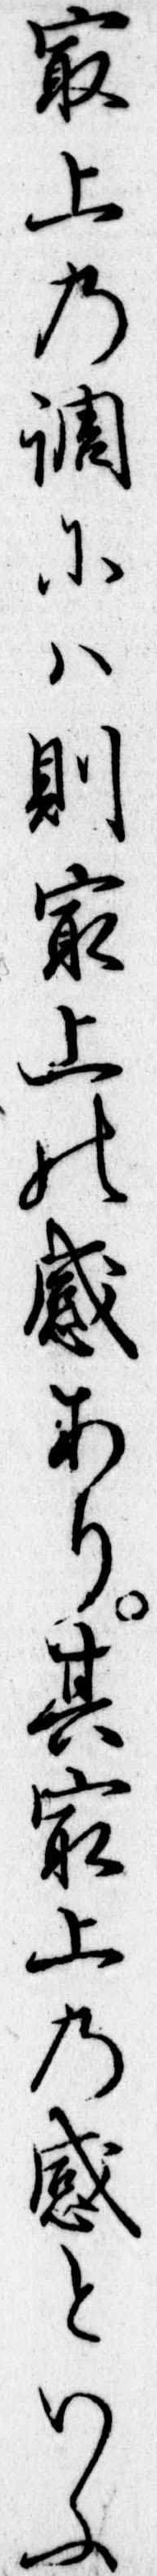
最上の調には則最上の感あり其最上の感といふ